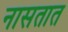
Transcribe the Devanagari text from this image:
नासतात